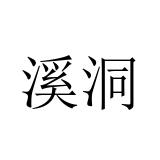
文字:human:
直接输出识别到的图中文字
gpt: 溪洞